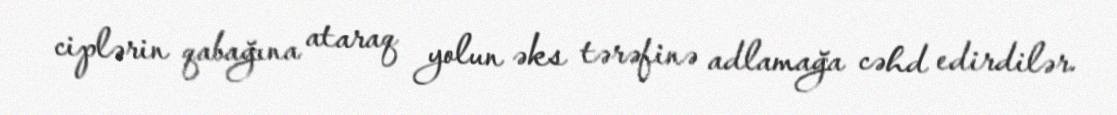
ciplərin qabağına ataraq yolun əks tərəfinə adlamağa cəhd edirdilər.